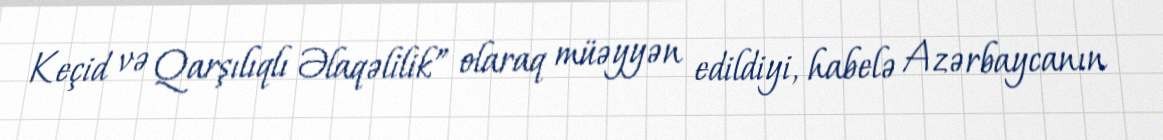
Keçid və Qarşılıqlı Əlaqəlilik” olaraq müəyyən edildiyi, habelə Azərbaycanın